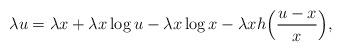
LaTeX: \begin{align*}\lambda u=\lambda x+\lambda x \log{u}-\lambda x\log{x}-\lambda x h\Bigl(\frac{u-x}{x}\Bigr),\end{align*}